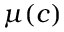
\mu ( c )